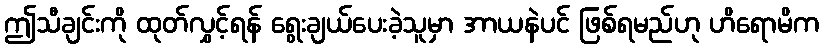
ဤသီချင်းကို ထုတ်လွှင့်ရန် ရွေးချယ်ပေးခဲ့သူမှာ အာယနဲပင် ဖြစ်ရမည်ဟု ဟိရောမိက